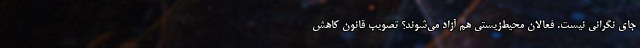
جای نگرانی نیست. فعالان محیط‌زیستی هم آزاد می‌شوند؟ تصویب قانون کاهش